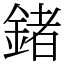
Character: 鍺